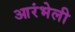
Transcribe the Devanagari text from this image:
आरंभेली